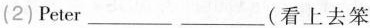
(2)Peter___ ___(看上去笨